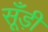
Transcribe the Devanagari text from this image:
सूँड़ी